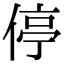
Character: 停